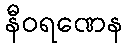
နီဝရဏေန